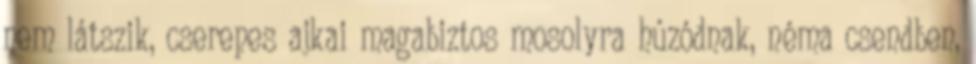
nem látszik, cserepes ajkai magabiztos mosolyra húzódnak, néma csendben,